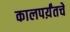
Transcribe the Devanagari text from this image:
कालपर्य़ंतचे